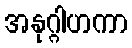
အနုဂ္ဂါဟကာ